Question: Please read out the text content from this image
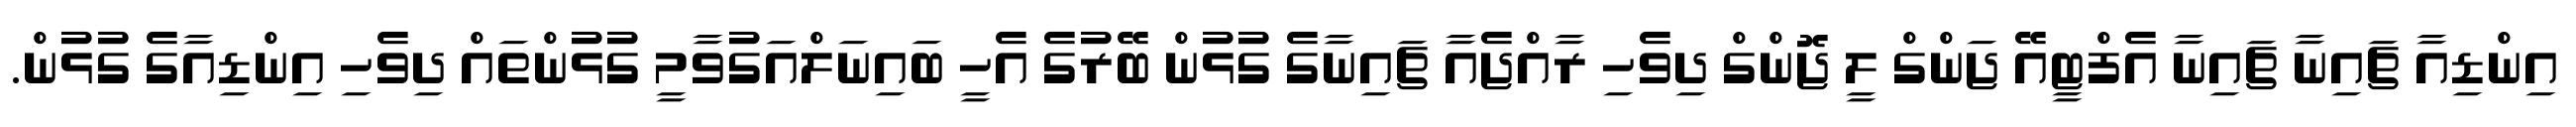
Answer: އިންޑިއާ ޗައިނާ ޗައިނާ އެފްޓީއޭ ޖަންގް ލީ ޖޮންގް ދިވެހި ރާއްޖެއާ ޗައިނާގެ ގުޅުން ބޭރުގެ އެހީ ބައިނަލްއަގުވާމީ ގުޅުންތައް ދިވެހި އިންޑިއާގެ ގުޅުން.